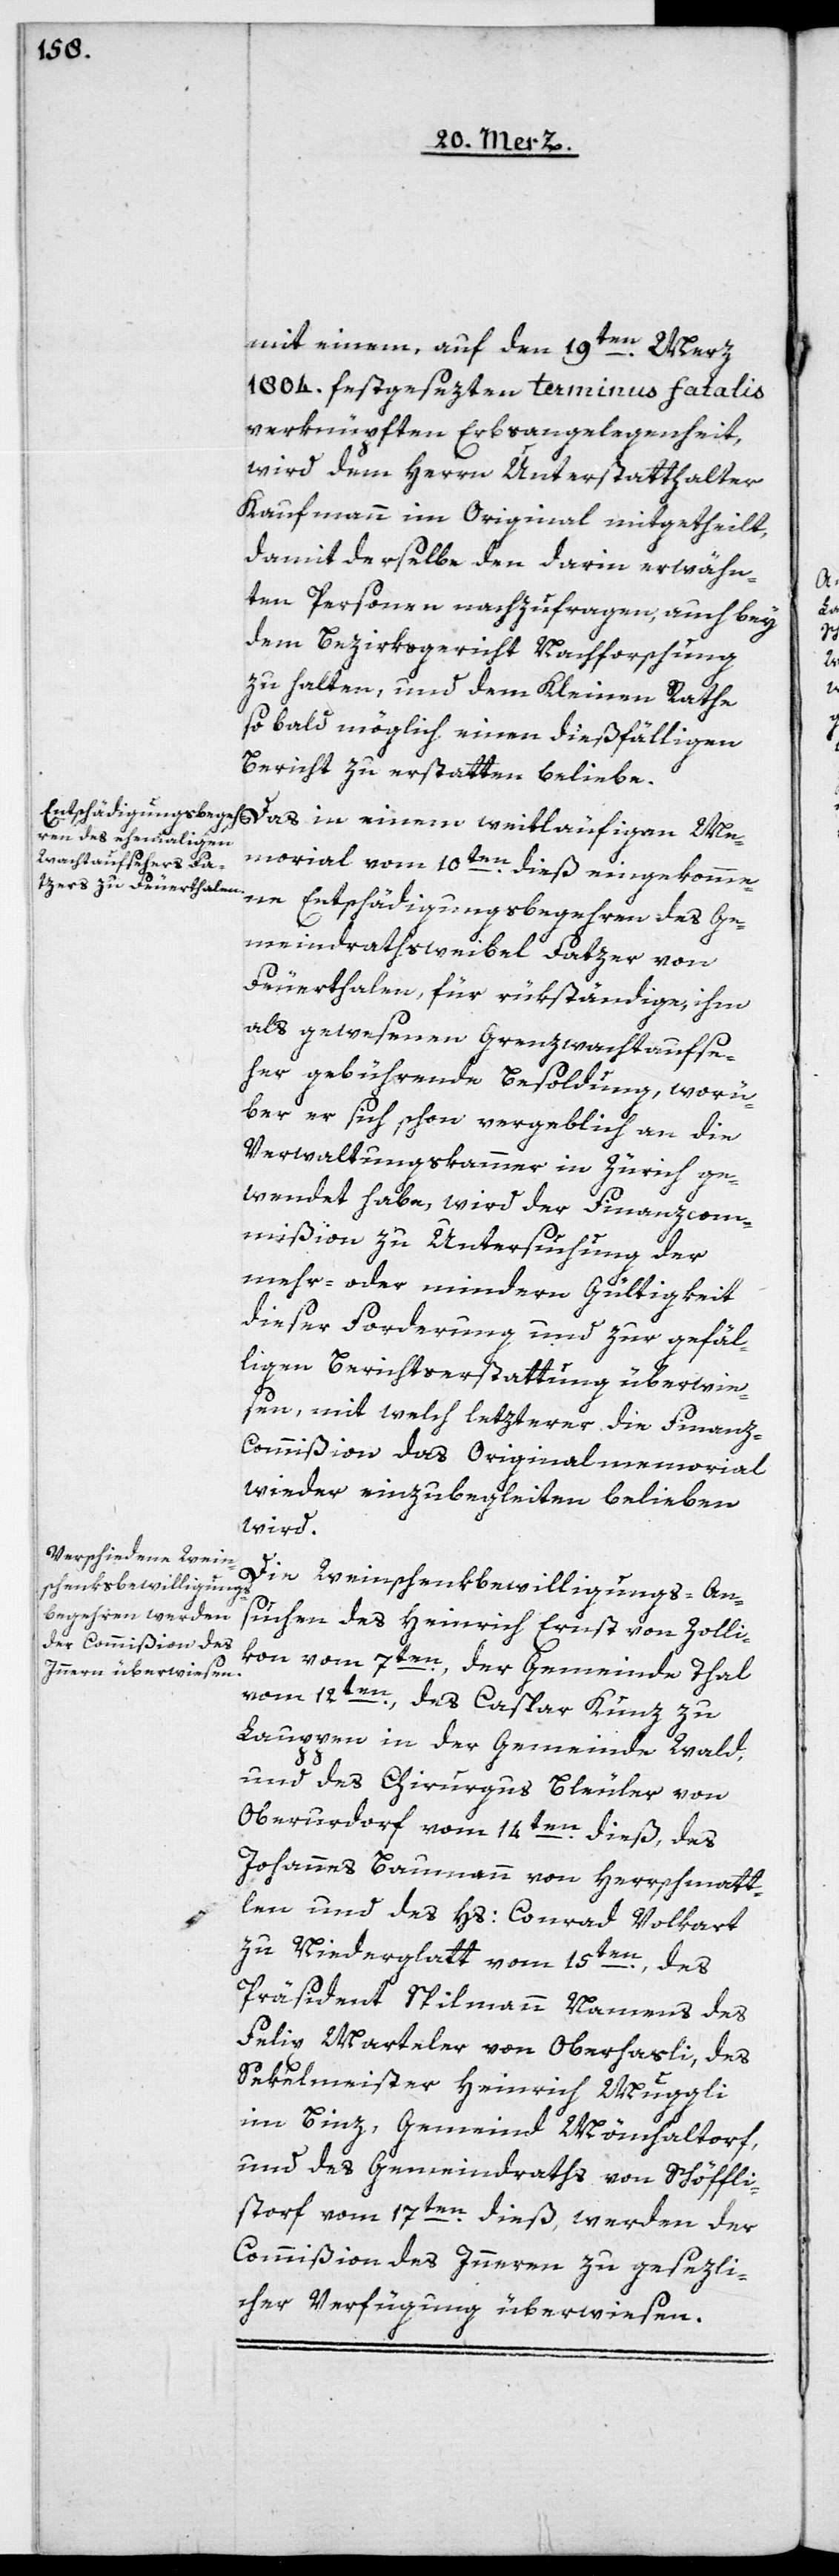
mit einem, auf den 19ten Merz
1804 festgesezten terminus fatalis
verknüpften Erbsangelegenheit,
wird dem Herrn Unterstatthalter
Kaufmann im Original mitgetheilt,
damit derselbe den darin erwähn¬
ten Personen nachzufragen, auch bey
dem Bezirksgericht Nachforschung
zu halten, und dem Kleinen Rathe
so bald möglich einen dießfälligen
Bericht zu erstatten beliebe.
Das in einem weitläufigen Me¬
morial vom 10ten dieß eingekomme¬
ne Entschädigungsbegehren des Ge¬
meindrathsweibel Fatzer von
Feuerthalen, für rükständige, ihm
als gewesenen Grenzwachtaufse¬
her gebührende Besoldung, worü¬
ber er sich schon vergeblich an die
Verwaltungskammer in Zürich ge¬
wendet habe, wird der Finanzcom¬
mißion zu Untersuchung der
mehr- oder mindern Gültigkeit
dieser Forderung und zur gefäl¬
ligen Berichterstattung überwie¬
sen, mit welch letzterer die Finanz-C¬
ommißion das Originalmemorial
wieder einzubegleiten belieben
wird.
Die Weinschenkbewilligungs-Ans¬
uchen des Heinrich Ernst von Zolli¬
kon vom 7ten, der Gemeinde Thal
vom 12ten; des Caspar Kunz zu
Laupen in der Gemeinde Wald;
und des Chirurgus Bleuler von
Oberurdorf vom 14ten dieß; des
Johannes Baumann von Herschmatt¬
len und des Hs: Conrad Volkart
zu Niederglatt vom 15ten, des
Präsident Spilmann Namens des
Felix Marteler von Oberhasli; des
Sekelmeister Heinrich Muggli
im Binz, Gemeind Mönchaltorf,
und des Gemeindraths von Schöffli¬
storf vom 17ten dieß, werden der
Commißion des Innern zu gesezli¬
cher Verfügung überwiesen.